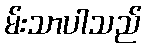
မ်းသာပါသည်